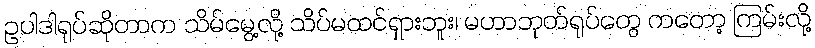
ဥပါဒါရုပ်ဆိုတာက သိမ်မွေ့လို့ သိပ်မထင်ရှားဘူး၊ မဟာဘုတ်ရုပ်တွေ ကတော့ ကြမ်းလို့